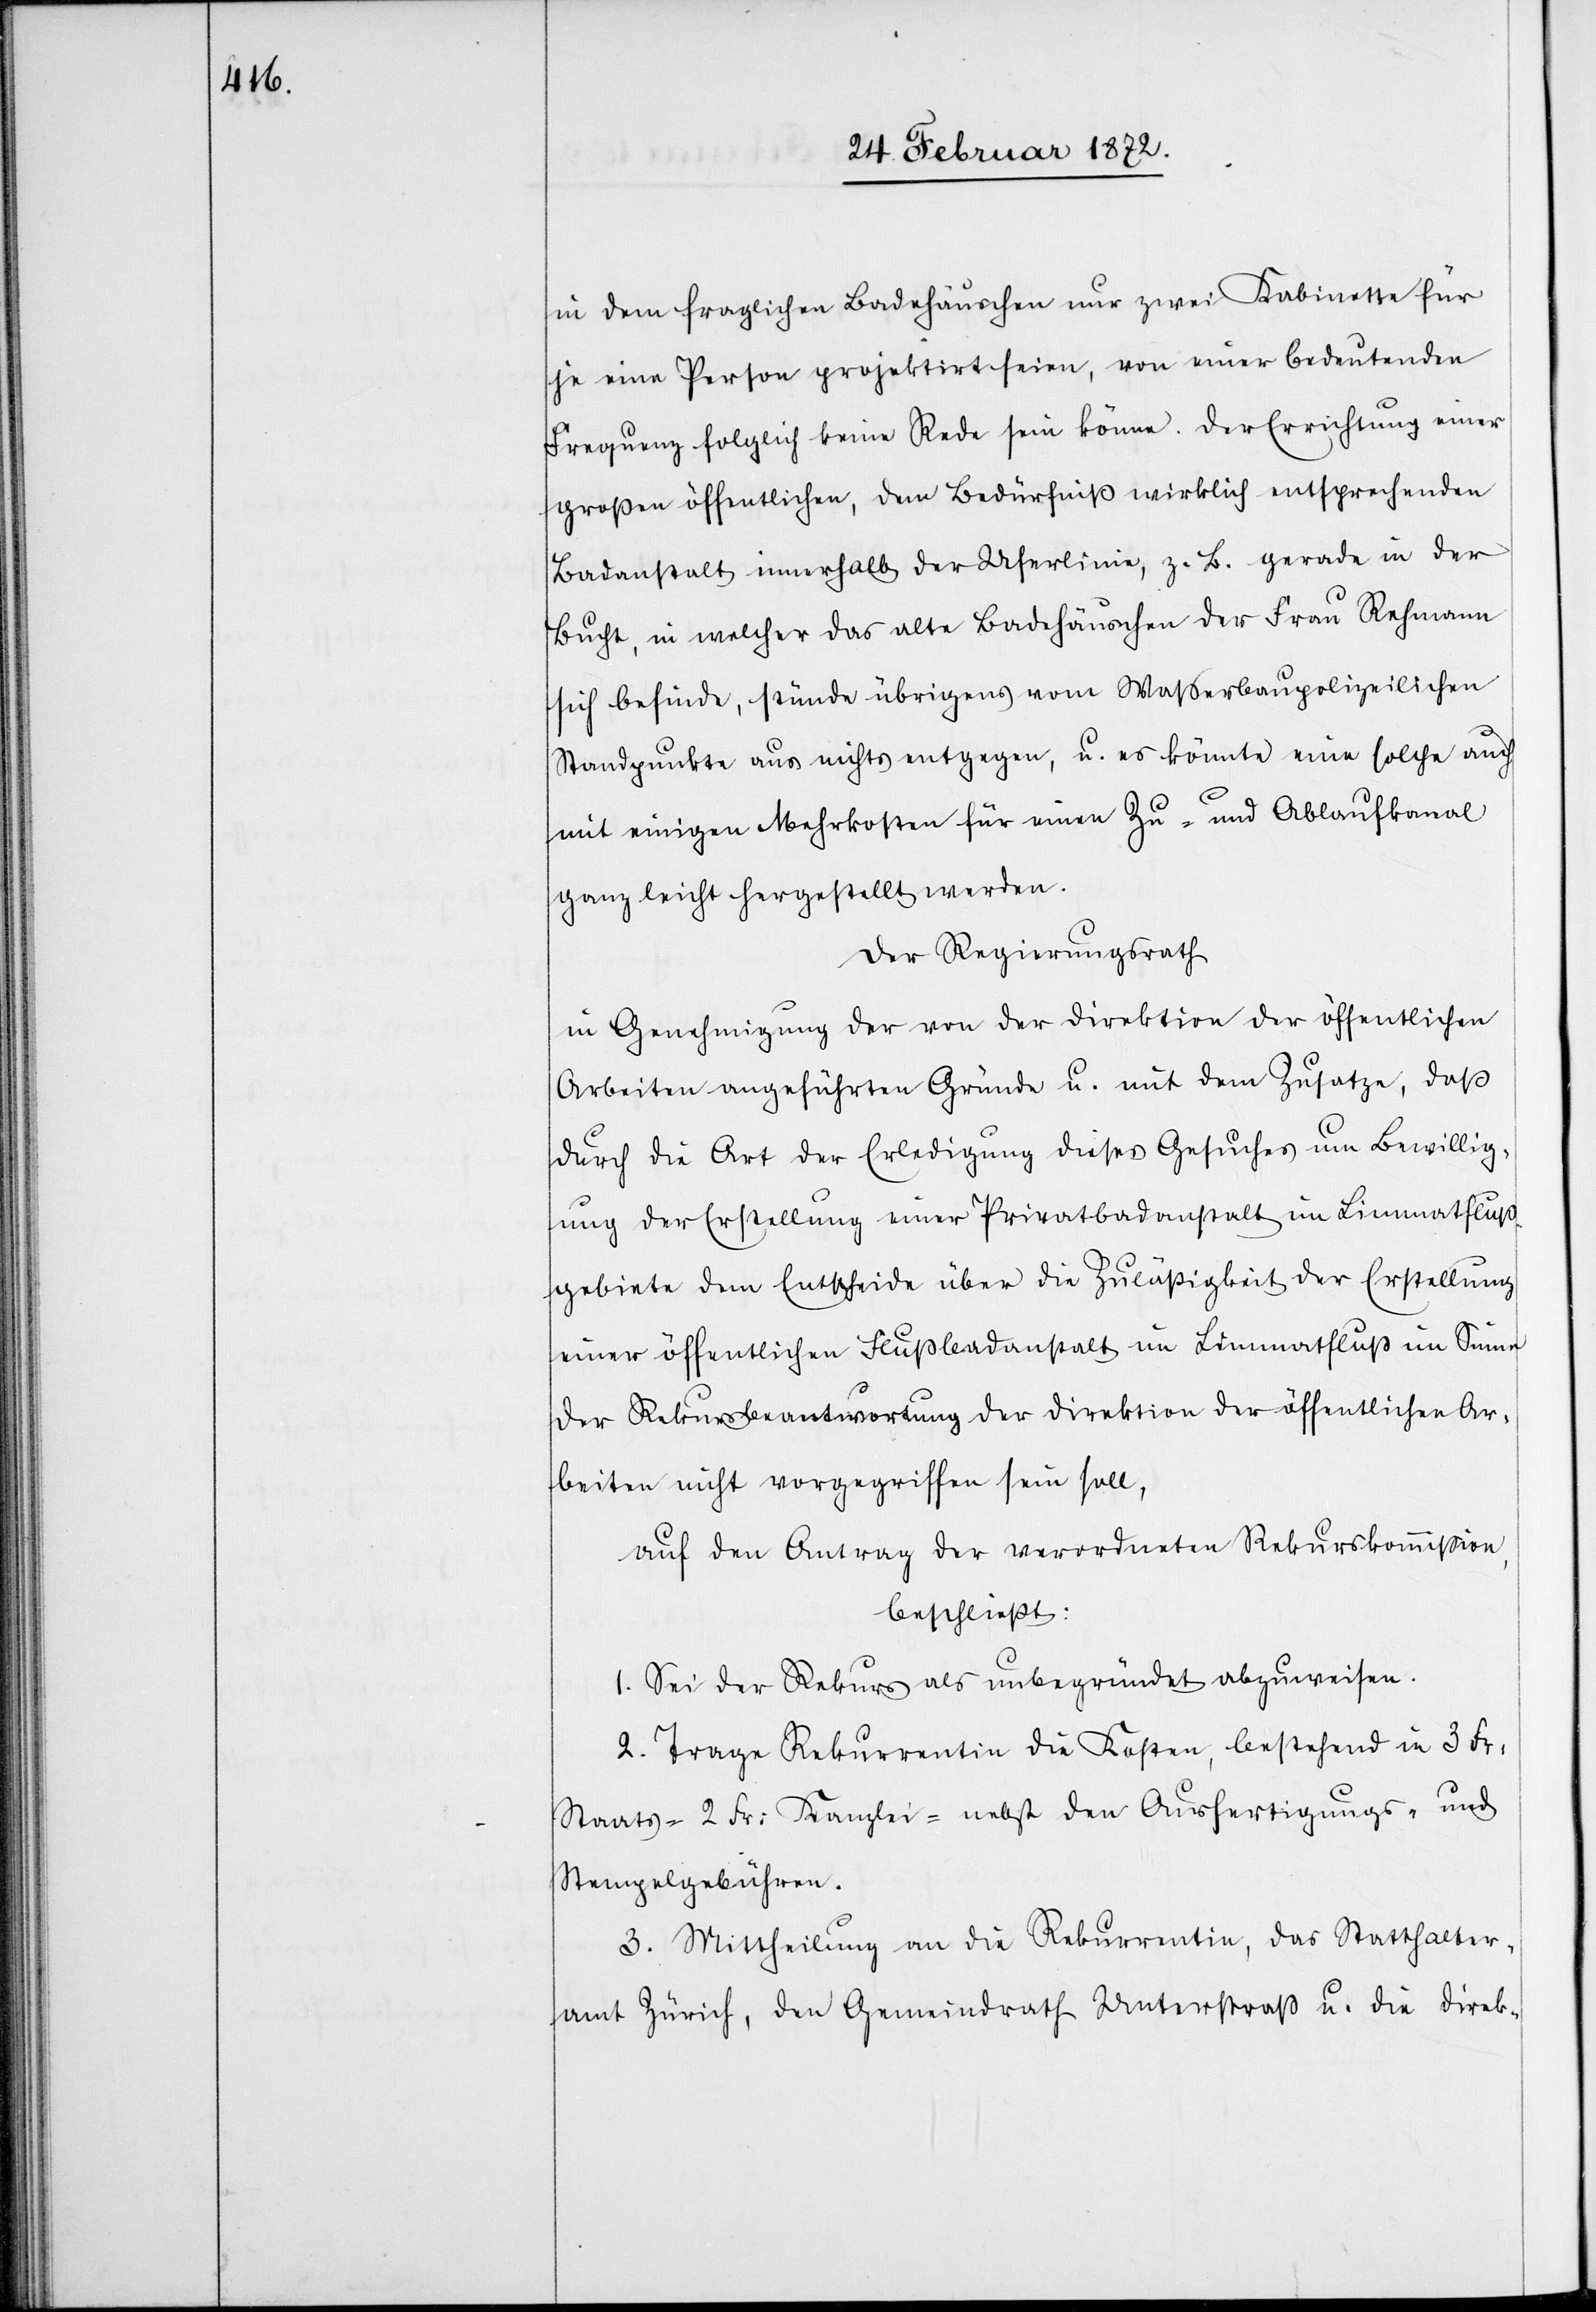
in dem fraglichen Badehäuschen nur zwei Kabinette für
je eine Person projektirt seien, von einer bedeutenden
Frequenz folglich keine Rede sein könne. Der Errichtung einer
großen öffentlichen, dem Bedürniß wirklich entsprechenden
Badeanstalt innerhalb der Uferlinie, z. B. gerade in der
Bucht, in welcher das alte Badehäuschen der Frau Rehmann
sich befinde, stünde übrigens vom Wasserbaupolizeilichen
Standpunkte aus nichts entgegen, u. es könnte eine solche auch
mit einigen Mehrkosten für einen Zu- und Ablaufkanal
ganz leicht hergestellt werden.
Der Regierungsrath
in Genehmigung der von der Direktion der öffentlichen
Arbeiten angeführten Gründe u. mit dem Zusatze, daß
durch die Art der Erledigung dieses Gesuches um Bewillig¬
ung der Erstellung einer Privatbadeanstalt im Limmatfluß¬
gebiete dem Entscheide über die Zuläßigkeit der Erstellung
einer öffentlichen Flußbadanstalt im Limmatfluß im Sinne
der Rekursbeantwortung der Direktion der öffentlichen Ar¬
beiten nicht vorgegriffen sein soll,
auf den Antrag der verordneten Rekurskommission,
beschließt:
1. Sei der Rekurs als unbegründet abzuweisen.
2. Trage Rekurrentin die Kosten, bestehend in 3 Fr.
Staats-[,] 2 Fr. Kanzlei-[,] nebst den Ausfertigungs- und
Stempelgebühren.
3. Mittheilung an die Rekurrentin, das Statthalter¬
amt Zürich, den Gemeindrath Unterstraß u. die Direk-